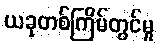
ယခုတစ်ကြိမ်တွင်မူ